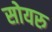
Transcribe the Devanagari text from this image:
सोयरु